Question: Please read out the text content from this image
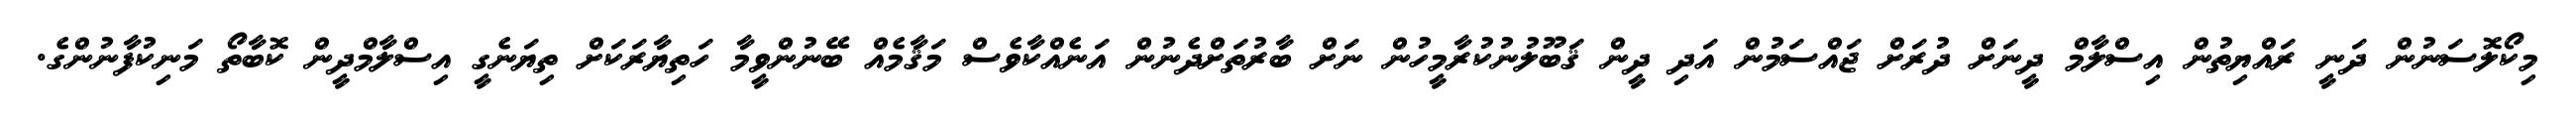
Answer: މިކޯލޮސަނުން ދަނީ ރައްޔިތުން އިސްލާމް ދީނަށް ދުރަށް ޖައްސަމުން އަދި ދީން ޤަބޫލުނުކުރާމީހުން ނަށް ބާރުތަށްދެނުން އަނެއްކާވެސް މަޤާމެއް ބޭނުންވީމާ ހަތިޔާރަކަށް ތިޔަނެގީ އިސްލާމްދީން ކޮބާތޯ މަނިކުފާނުންގެ.